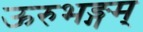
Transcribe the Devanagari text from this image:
ऊरुभङ्गम्